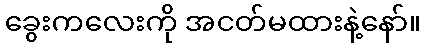
ခွေးကလေးကို အငတ်မထားနဲ့နော်။